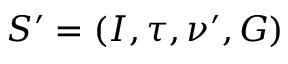
S ^ { \prime } = ( I , \tau , \nu ^ { \prime } , G )